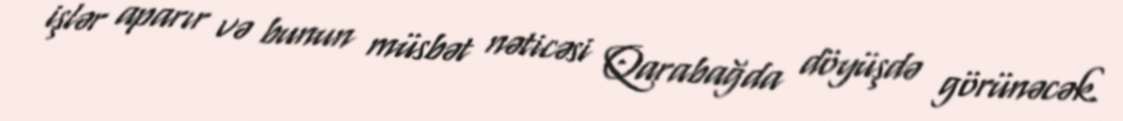
işlər aparır və bunun müsbət nəticəsi Qarabağda döyüşdə görünəcək.